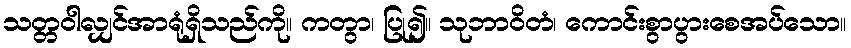
သတ္တဝါလျှင်အာရုံရှိသည်ကို။ ကတွာ၊ ပြု၍။ သုဘာဝိတံ၊ ကောင်းစွာပွားစေအပ်သော။